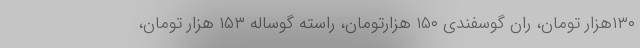
۱۳۰هزار تومان، ران گوسفندی ۱۵۰ هزارتومان، راسته گوساله ۱۵۳ هزار تومان،